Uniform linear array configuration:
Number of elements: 32
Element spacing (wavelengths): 0.75
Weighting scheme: binomial
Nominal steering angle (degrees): -15
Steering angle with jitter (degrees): -15.143
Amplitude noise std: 0.05
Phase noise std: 0.05

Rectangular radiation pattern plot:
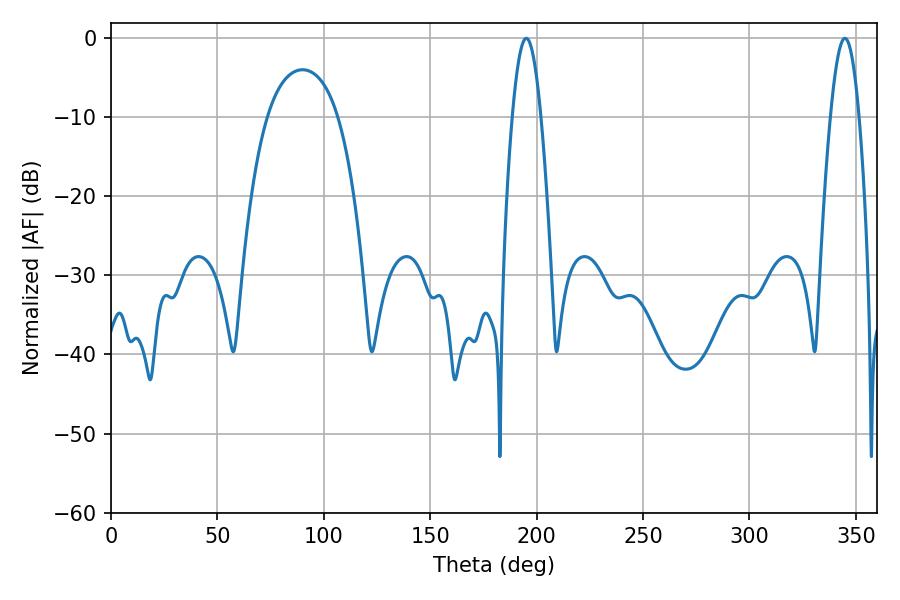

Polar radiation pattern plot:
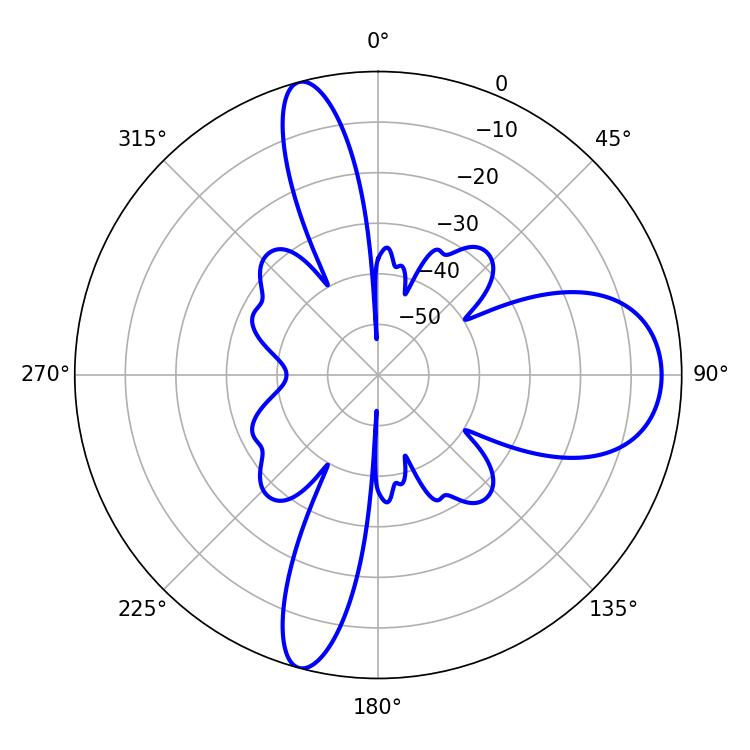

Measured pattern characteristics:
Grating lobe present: TRUE
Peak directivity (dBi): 12.975
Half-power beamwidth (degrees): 7.38
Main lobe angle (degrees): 195.12